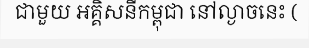
ជាមួយ អគ្គិសនីកម្ពុជា នៅល្ងាចនេះ (